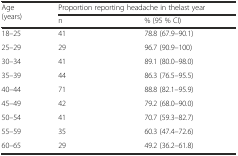
<table><thead><tr><td rowspan="2"><b>Age (years)</b></td><td colspan="2"><b>Proportion reporting headache in thelast year</b></td></tr><tr><td><b>n</b></td><td><b>% (95 % CI)</b></td></tr></thead><tbody><tr><td>18–25</td><td>41</td><td>78.8 (67.9–90.1)</td></tr><tr><td>25–29</td><td>29</td><td>96.7 (90.9–100)</td></tr><tr><td>30–34</td><td>41</td><td>89.1 (80.0–98.0)</td></tr><tr><td>35–39</td><td>44</td><td>86.3 (76.5–95.5)</td></tr><tr><td>40–44</td><td>71</td><td>88.8 (82.1–95.9)</td></tr><tr><td>45–49</td><td>42</td><td>79.2 (68.0–90.0)</td></tr><tr><td>50–54</td><td>41</td><td>70.7 (59.3–82.7)</td></tr><tr><td>55–59</td><td>35</td><td>60.3 (47.4–72.6)</td></tr><tr><td>60–65</td><td>29</td><td>49.2 (36.2–61.8)</td></tr></tbody></table>